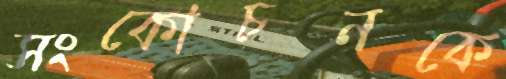
সংকোচনকে